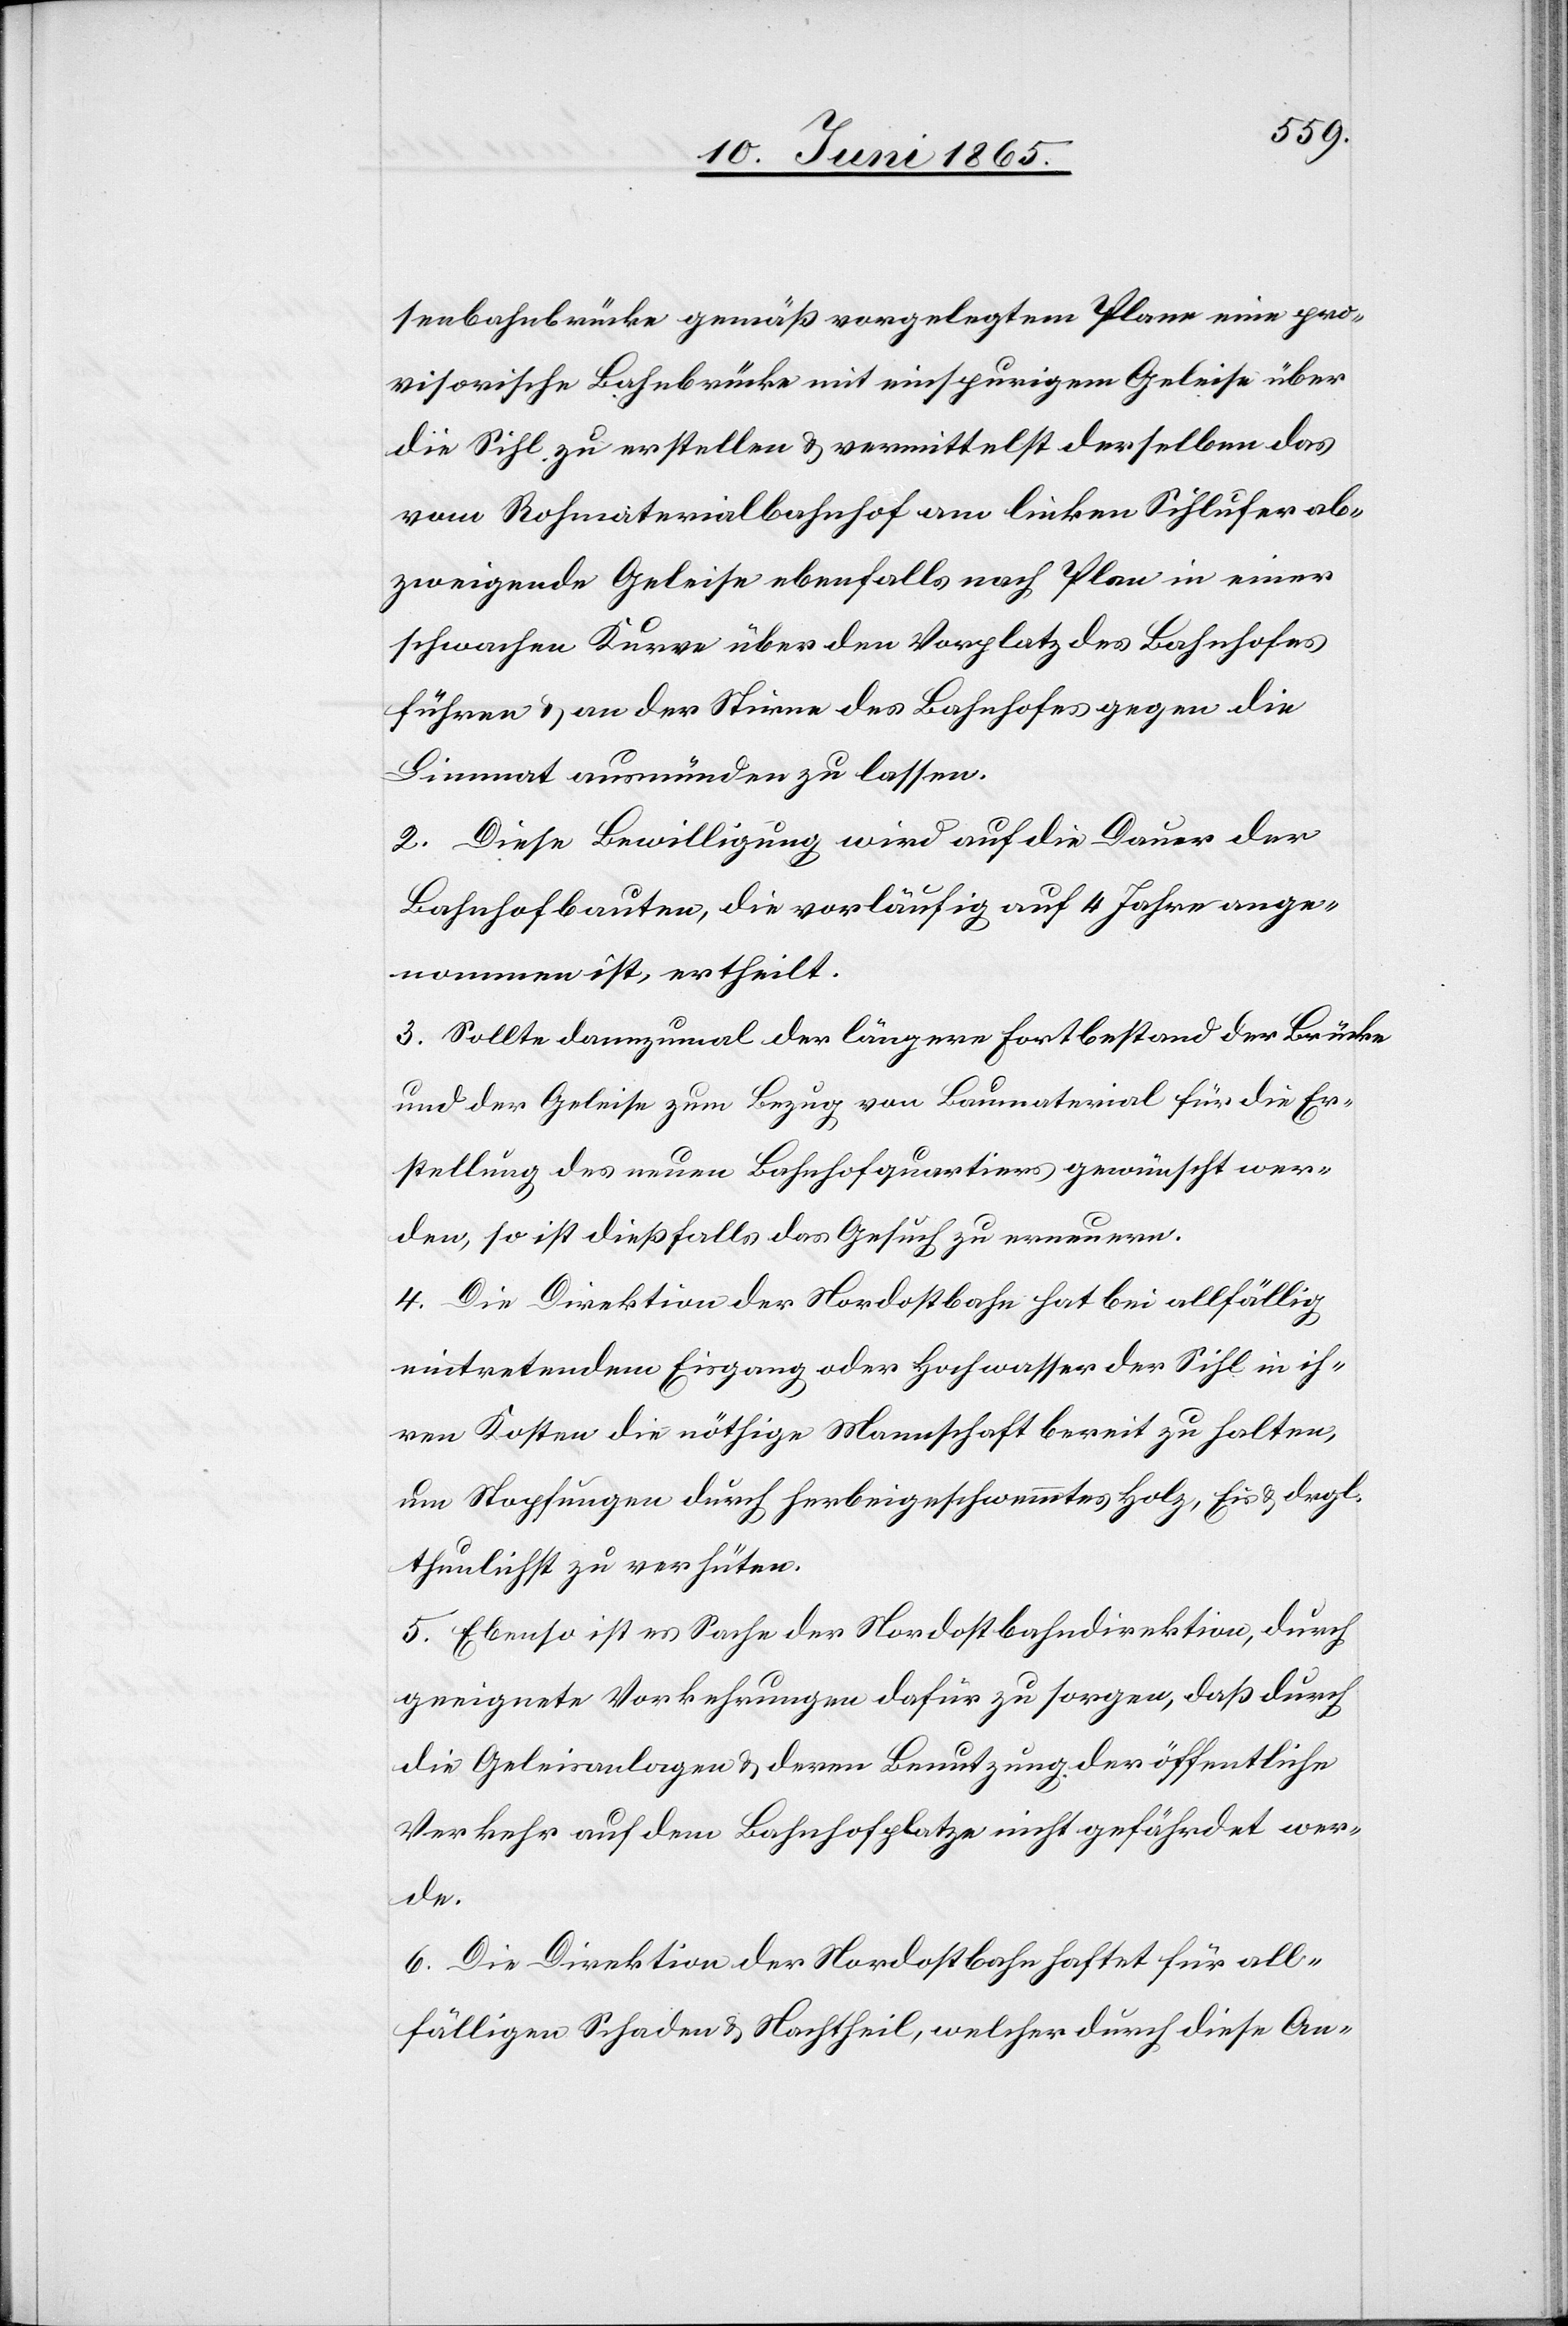
senbahnbrücke gemäß vorgelegtem Plane eine pro¬
visorische Bahnbrücke mit einspurigem Geleise über
die Sihl zu erstellen & vermittelst derselben das
vom Rohmaterialbahnhof am linken Sihlufer ab¬
zweigende Geleise ebenfalls nach Plan in einer
schwachen Kurve über den Vorplatz des Bahnhofes
führen & an der Stirne des Bahnhofes gegen die
Limmat ausmünden zu lassen.
2. Diese Bewilligung wird auf die Dauer der
Bahnhofbauten, die vorläufig auf 4 Jahre ange¬
nommen ist, ertheilt.
3. Sollte dannzumal der längere Fortbestand der Brücke
und der Geleise zum Bezug von Baumaterial für die Er¬
stellung des neuen Bahnhofquartiers gewünscht wer¬
den, so ist dießfalls das Gesuch zu erneuern.
4. Die Direktion der Nordostbahn hat bei allfällig
eintretendem Eisgang oder Hochwasser der Sihl in ih¬
ren Kosten die nöthige Mannschaft bereit zu halten,
um Stopfungen durch herbeigeschwemmtes Holz, Eis & drgl.
thunlichst zu verhüten.
5. Ebenso ist es Sache der Nordostbahndirektion, durch
geeignete Vorkehrungen dafür zu sorgen, daß durch
die Geleisanlagen & deren Benutzung der öffentliche
Verkehr auf dem Bahnhofplatze nicht gefährdet wer¬
de.
6. Die Direktion der Nordostbahn haftet für all¬
fälligen Schaden & Nachtheil, welcher durch diese An-